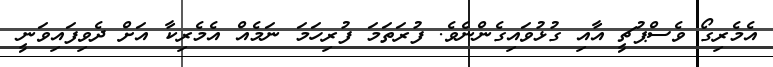
އެމެރިގޯ ވެސްޕުޗީ އާއި ގުޅުވައިގެންނެވެ. ފުރަތަމަ ފުރިހަމަ ނަމެއް އެމެރިކާ އަށް ދެވިފައިވަނީ